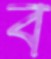
ব